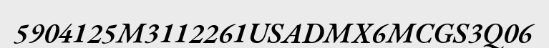
5904125M3112261USADMX6MCGS3Q06